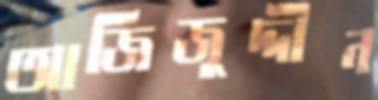
আজিজুদ্দীন